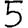
Digit: 5